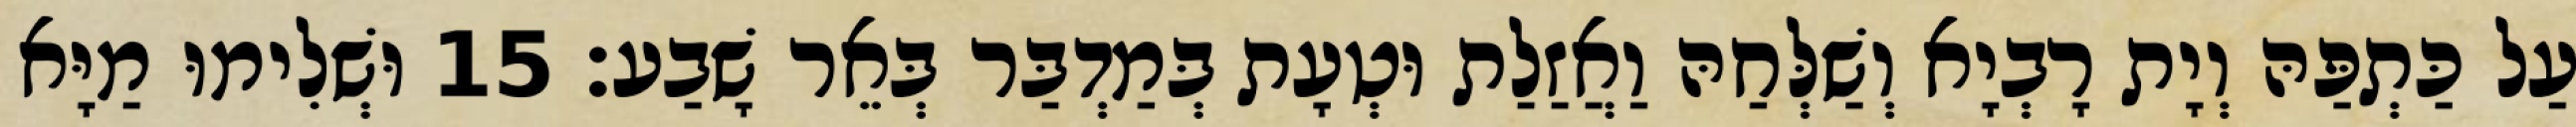
עַל כַּתְפַּהּ וְיָת רָבְיָא וְשַׁלְּחַהּ וַאֲזַלַת וּטְעָת בְּמַדְבַּר בְּאֵר שָׁבַע׃ 15 וּשְׁלִימוּ מַיָּא